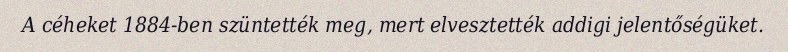
A céheket 1884-ben szüntették meg, mert elvesztették addigi jelentőségüket.